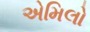
એમિલો